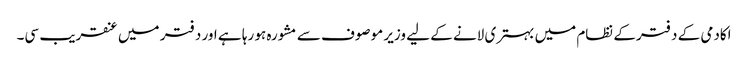
اکادمی کے دفترکے نظام میں بہتری لانے کے لیے وزیر موصوف سے مشورہ ہو رہا ہے اور دفتر میں عنقریب سی۔